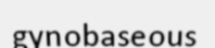
gynobaseous